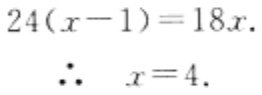
\[
\begin{align*}
24(x - 1)&=18x\\
\therefore\ \ x&=4.
\end{align*}
\]